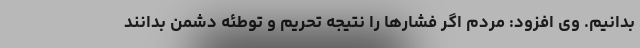
بدانیم. وی افزود: مردم اگر فشار‌ها را نتیجه تحریم و توطئه دشمن بدانند